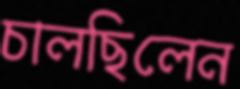
চালছিলেন